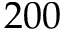
2 0 0